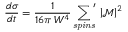
\frac { d \sigma } { d t } = \frac { 1 } { 1 6 \pi \, W ^ { 4 } } \, { \sum _ { \mathit { s p i n s } } } ^ { \! \prime } \, \left| \mathcal { M } \right| ^ { 2 }